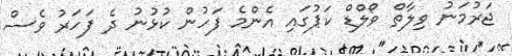
ޖަރުމަނު ވިލާތް ވޯލްޑް ކަޕުގައި އެންމެ ފަހުން ކުޅުނު ދެ ފަހަރު ވެސް